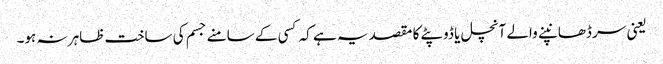
یعنی سر ڈھانپنے والے آنچل یا ڈوپٹے کا مقصد یہ ہے کہ کسی کے سامنے جسم کی ساخت ظاہر نہ ہو۔